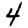
Digit: 4